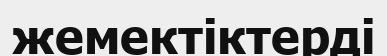
жемектіктерді